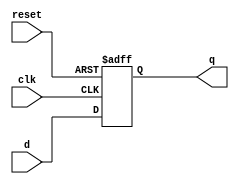
// ---------------------------------------------------------------------
//    Module:     D Flip-Flop
//    Contact:    hoser21@up.edu and schendel21@up.edu
// ---------------------------------------------------------------------

module DFF(q, clk, d, reset);

output q;
input  d, clk, reset;

reg    q;


// always @(negedge reset or posedge clk)

always @(negedge reset or posedge clk)

   if (~reset)
      q <= 1'b0;
   else
      q <= d;

endmodule